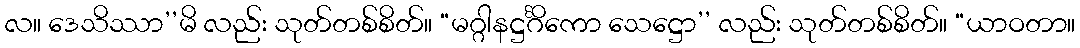
လ။ ဒေသိဿာ’’မိ လည်း သုတ်တစ်စိတ်။ “မဂ္ဂါနဋ္ဌင်္ဂိကော သေဋ္ဌော’’ လည်း သုတ်တစ်စိတ်။ “ယာဝတာ။